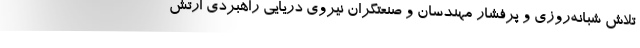
تلاش شبانه‌روزی و پرفشار مهندسان و صنعتگران نیروی دریایی راهبردی ارتش